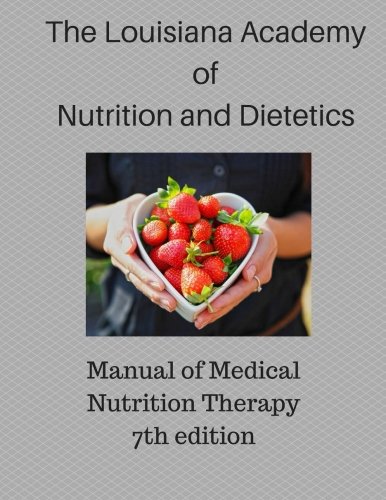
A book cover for Manual of Medical Nutrition Therapy: A Nutrition Guide for Long Term Care in Louisiana; The Louisiana Academy of Nutrition and Dietetics; Medical Books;